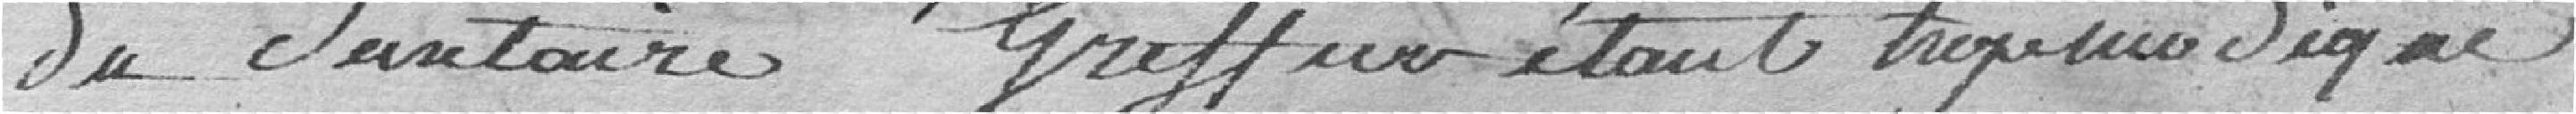
du Santaire Greffier étant trop modiques